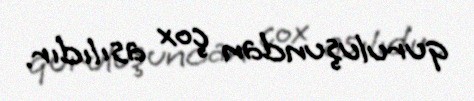
quruluşundan çox asılıdır.